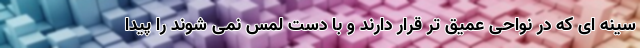
سینه ای که در نواحی عمیق تر قرار دارند و با دست لمس نمی شوند را پیدا